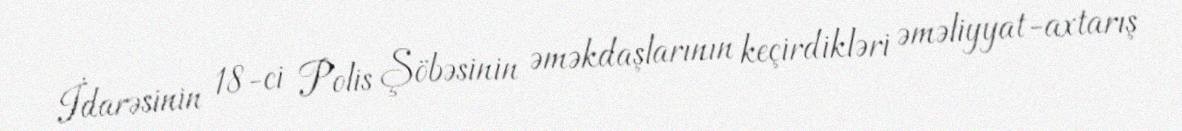
İdarəsinin 18-ci Polis Şöbəsinin əməkdaşlarının keçirdikləri əməliyyat-axtarış